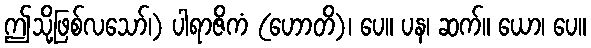
ဤသို့ဖြစ်လသော်၊) ပါရာဇိကံ (ဟောတိ)၊ ပေ။ ပန၊ ဆက်။ ယော၊ ပေ။